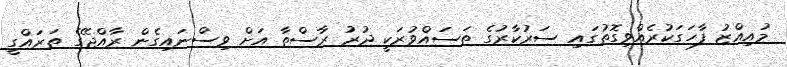
މުއިއްޒު ފާހަގަކުރެއްވިގޮތުގައި ސަރުކާރުގެ ތަސައްވުރަކީ ދުރު ރާސްތާ އަށް ވިސްނައިގެން ރާއްޖޭގެ ތަރައްގީ